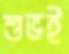
শুভই